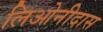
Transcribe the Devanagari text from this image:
लिओनीदास